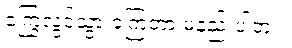
ကြွေလွင့်သွားခဲ့ကြတာ မနည်းပါဘူး။